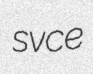
svce